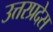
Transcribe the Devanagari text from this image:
उत्तरप्रदेस